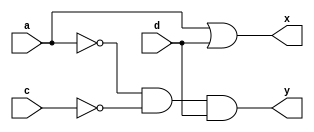
module clb_gc(
	input a,
	input c,
	input d,
	output x,
	output y
);

	wire f, g;
	
	assign f = ~a & ~c & d;
	assign g = a | d;
	assign x = g;
	assign y = f;
	
endmodule